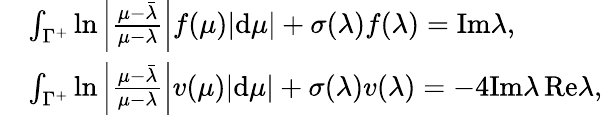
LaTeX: \begin{array}{rl}&{\int_{\Gamma^{+}}\ln\left|\frac{\mu-\bar{\lambda}}{\mu-\lambda}\right|f(\mu)|\mathrm{d}\mu|+\sigma(\lambda)f(\lambda)=\mathrm{Im}\lambda,}\\ &{\int_{\Gamma^{+}}\ln\left|\frac{\mu-\bar{\lambda}}{\mu-\lambda}\right|v(\mu)|\mathrm{d}\mu|+\sigma(\lambda)v(\lambda)=-4\mathrm{Im}\lambda\, \mathrm{Re}\lambda,}\end{array}